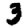
Digit: 3